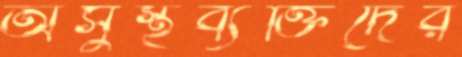
অসুস্থব্যক্তিদের